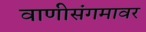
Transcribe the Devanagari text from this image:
वाणीसंगमावर